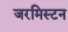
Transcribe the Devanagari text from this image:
जरमिस्टन